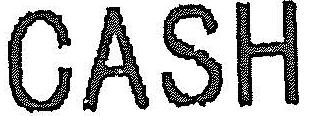
CASH